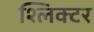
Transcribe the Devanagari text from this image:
श्लिक्टर